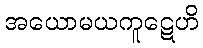
အယောမယကူဋေဟိ